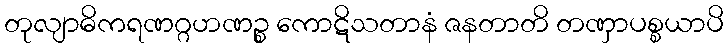
တုလျာဓိကရဏဂ္ဂဟဏဉ္စ ကောဋိသတာနံ ဇနတာတိ တဏှာပစ္စယာပိ